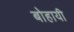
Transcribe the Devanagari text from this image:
बोहायी